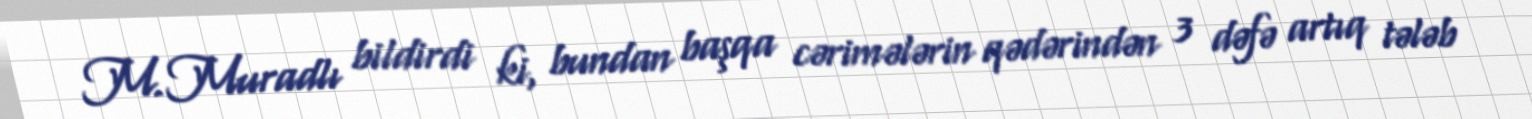
M.Muradlı bildirdi ki, bundan başqa cərimələrin qədərindən 3 dəfə artıq tələb